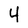
Character: 4